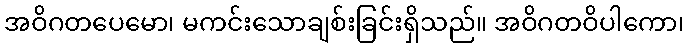
အဝိဂတပေမော၊ မကင်းသောချစ်းခြင်းရှိသည်။ အဝိဂတဝိပါကော၊